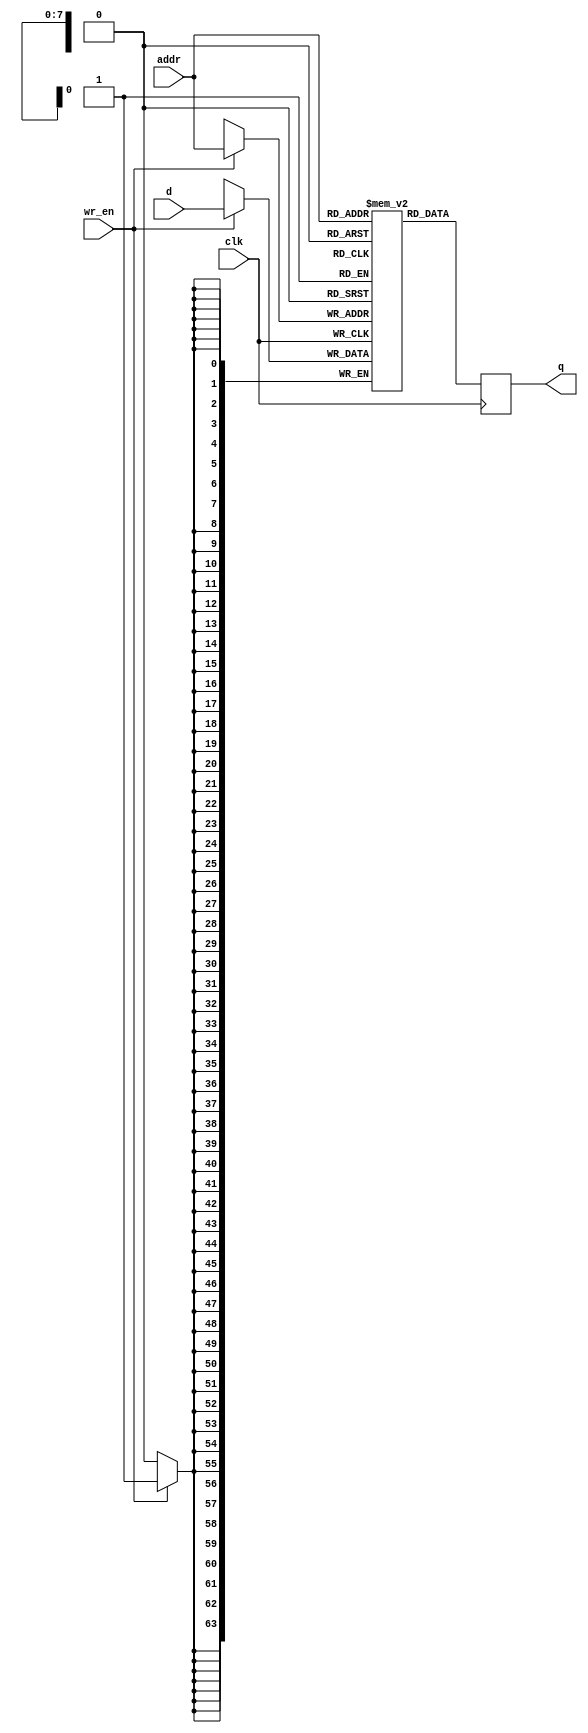
module simple_ram(clk, wr_en, d, addr, q);
    parameter WIDTH = 64;
    parameter ADDR_WIDTH = 8;
    parameter DEPTH = 1<<ADDR_WIDTH;
    input clk;
    input wr_en;
    input [WIDTH-1:0] d;
    input [ADDR_WIDTH-1:0] addr;
    output [WIDTH-1:0] q;

    reg [WIDTH-1:0] ram [0:DEPTH-1];
    reg [WIDTH-1:0] r_q;
    
    always @(posedge clk) begin
        if(wr_en)
            ram[addr] <= d;
        r_q <= ram[addr];
    end
    assign q = r_q;
endmodule